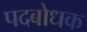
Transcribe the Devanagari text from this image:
पदबोधक